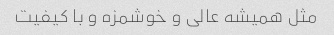
مثل همیشه عالی و خوشمزه و با کیفیت